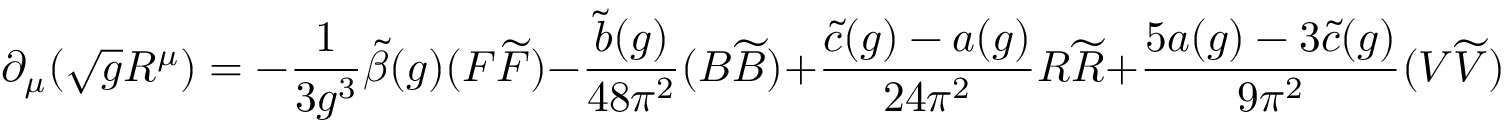
\partial _ { \mu } ( \sqrt { g } R ^ { \mu } ) = - \frac { 1 } { 3 g ^ { 3 } } \widetilde { \beta } ( g ) ( F \widetilde { F } ) - \frac { \tilde { b } ( g ) } { 4 8 \pi ^ { 2 } } ( B \widetilde { B } ) + \frac { \tilde { c } ( g ) - a ( g ) } { 2 4 \pi ^ { 2 } } R \widetilde { R } + \frac { 5 a ( g ) - 3 \tilde { c } ( g ) } { 9 \pi ^ { 2 } } ( V \widetilde { V } )